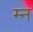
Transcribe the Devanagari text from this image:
म्न